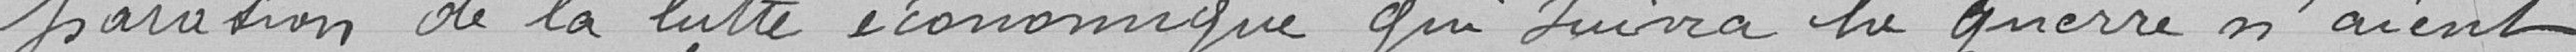
paration de la lutte économique qui suivra la guerre n'aient